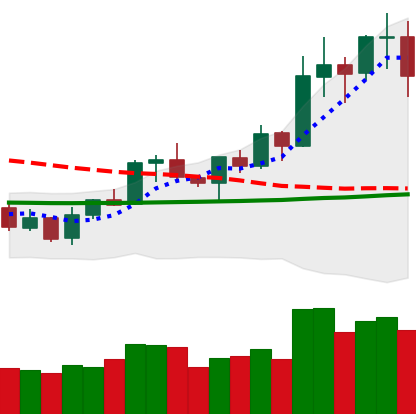
Ticker: NEO-USD
Chart end date: 2020-01-19
Forward return: -6.224%
Label: down_5_7